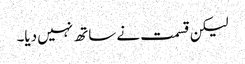
لیکن قسمت نے ساتھ نہیں دیا۔